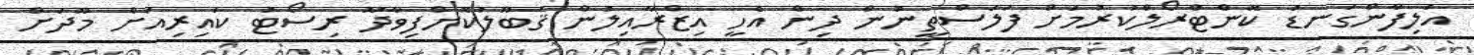
އަލިފާންގަނޑު ކޮންޓްރޯލްކުރުމަށް ފަލަސްތީނުން ދިން އެހީ އިޒްރާއިލުން ޤަބޫލުކޮށްފިވާދޫ ރިސޯޓު ކައިރިއަށް މޫދަށް